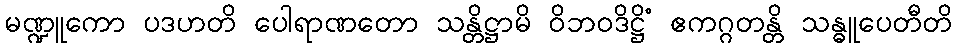
မဏ္ဍူကော ပဒဟတိ ပေါရာဏတော သန္တိဋ္ဌာမိ ဝိဘဝဒိဋ္ဌိံ ဧကဂ္ဂတန္တိ သန္ဓူပေတီတိ